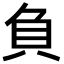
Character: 負